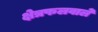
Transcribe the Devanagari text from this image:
क्षेत्रफलवाले